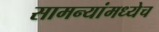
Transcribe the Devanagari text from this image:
सामन्यांमध्येच